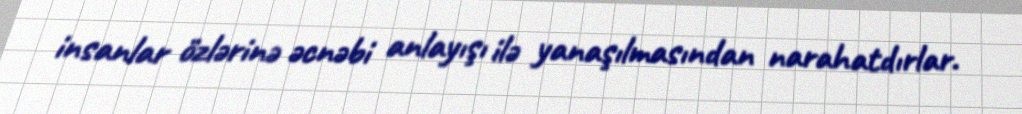
insanlar özlərinə əcnəbi anlayışı ilə yanaşılmasından narahatdırlar.